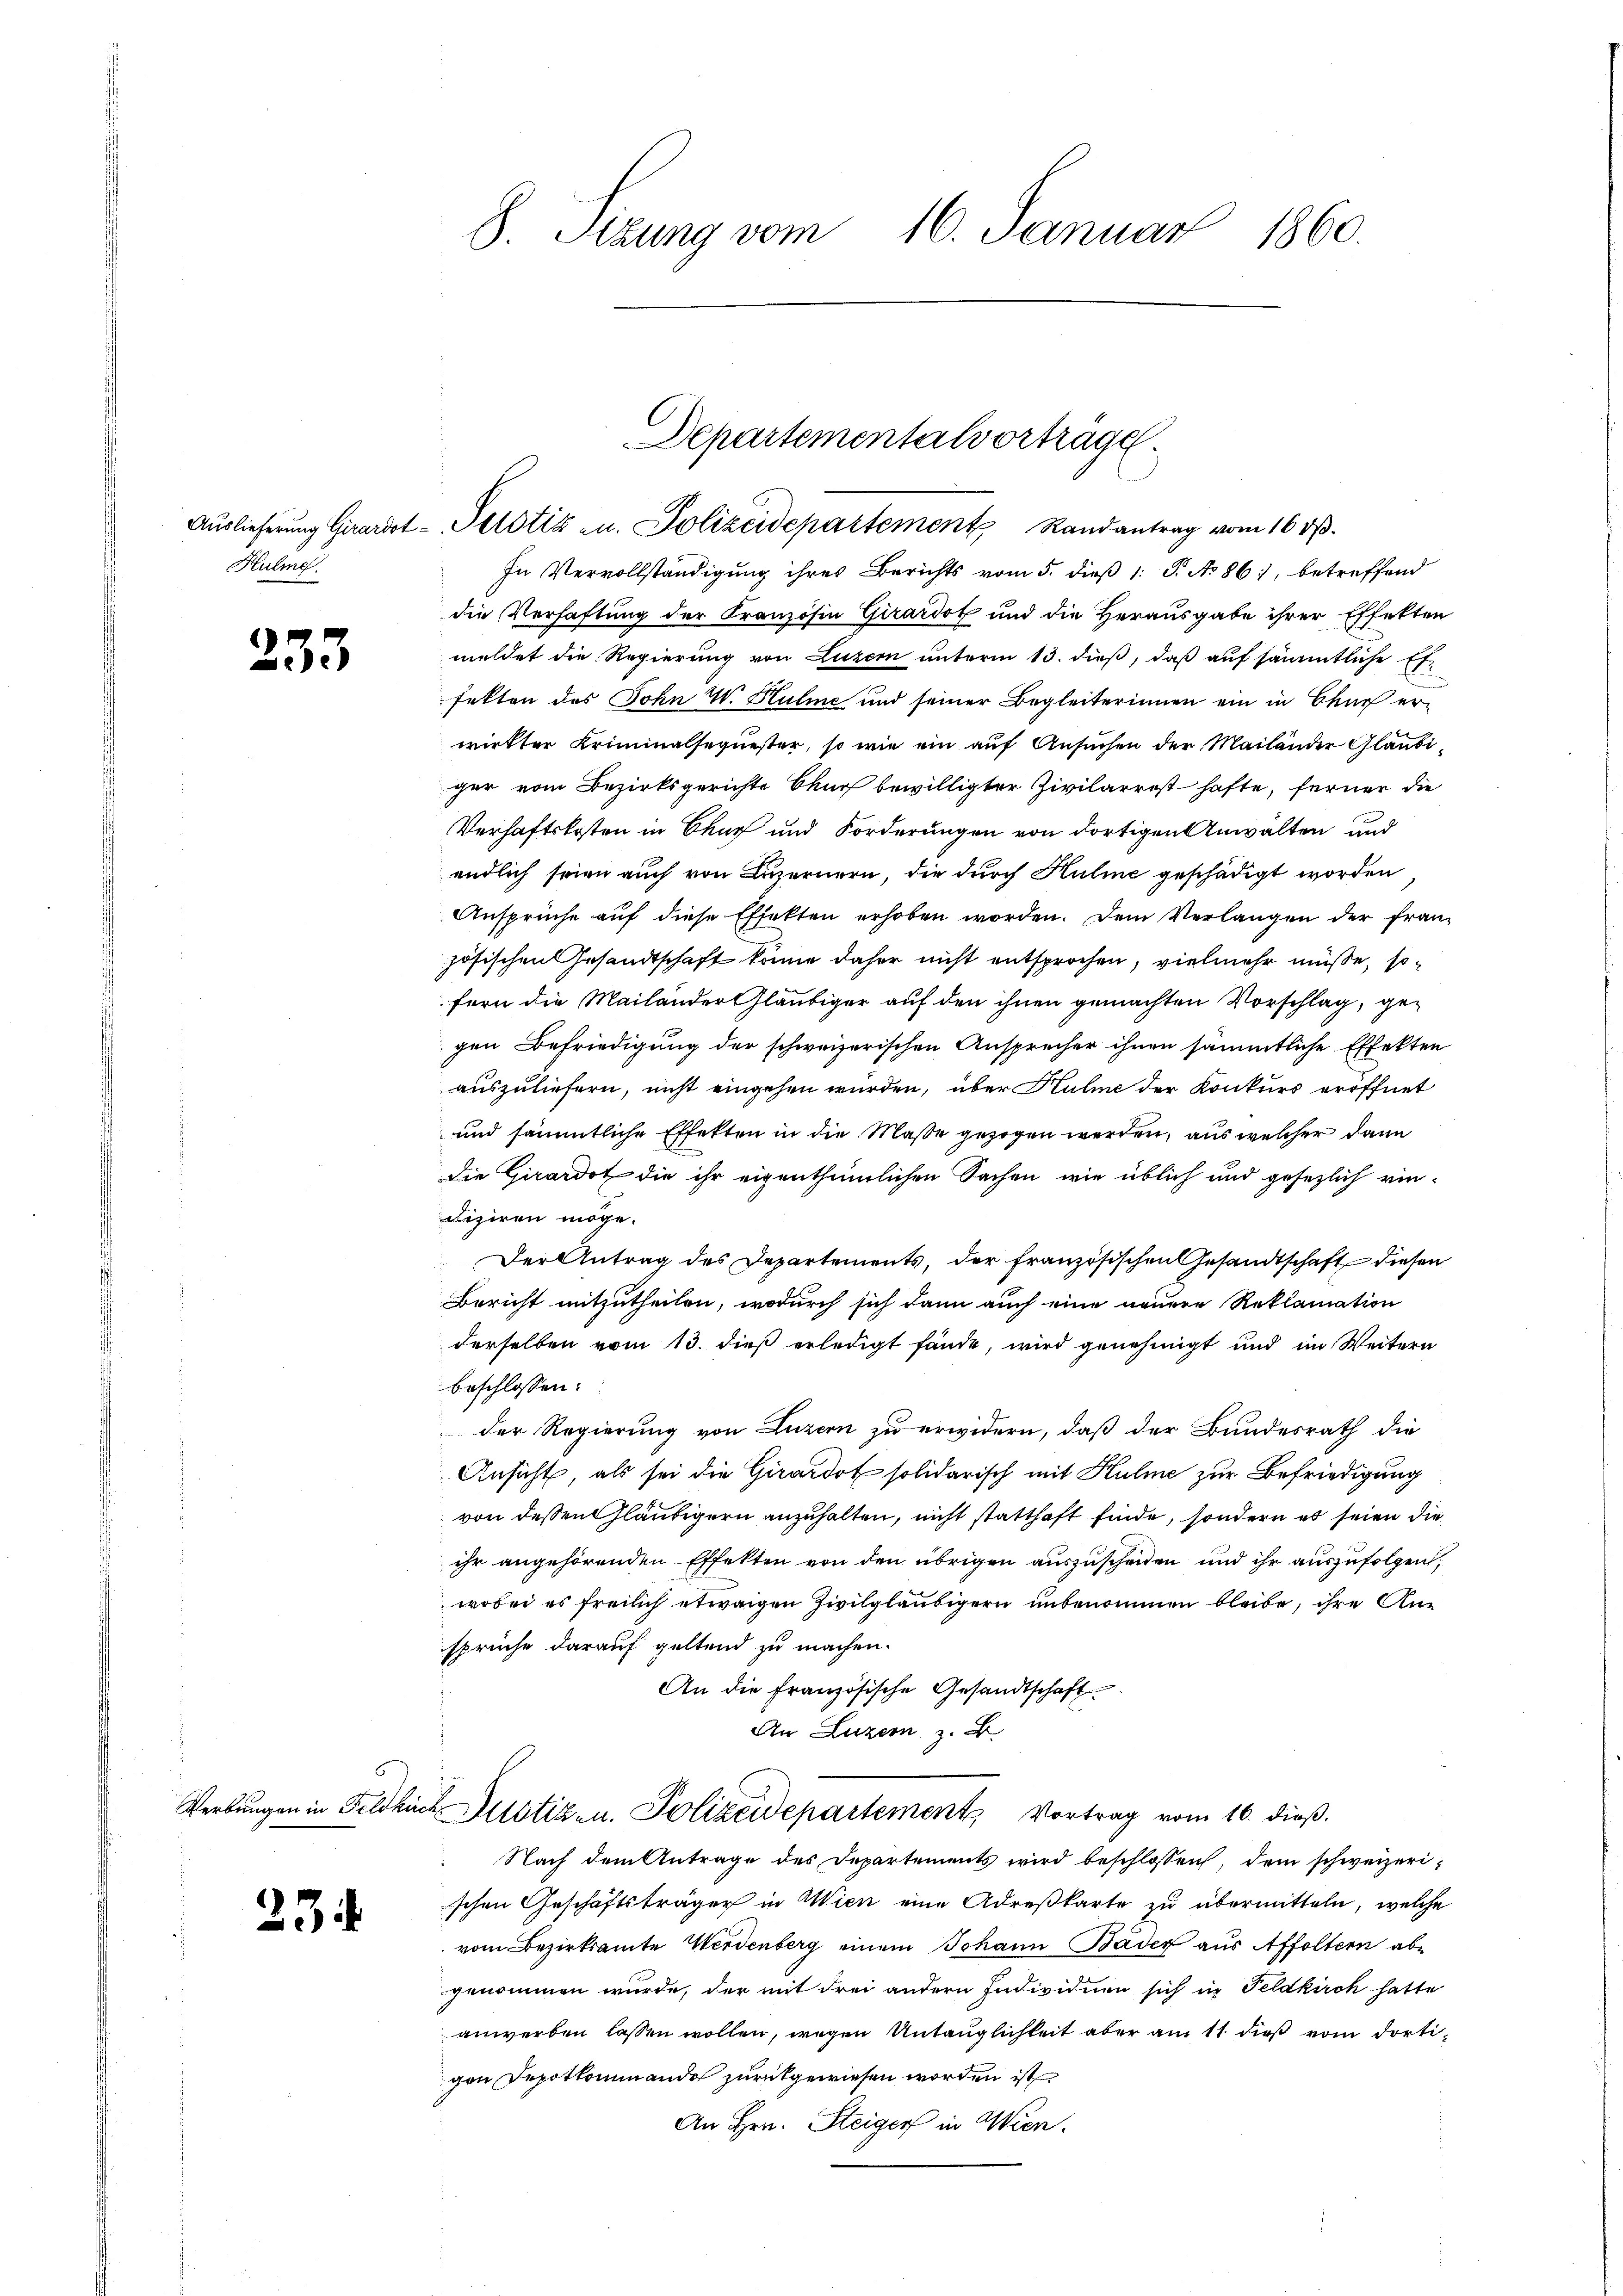
Hulig.

)

233.

23

8. Sizung vom 16. Januar 1860.

Departementalvortrage
Aŭslieferung Girardot-Petotiz zu. Polizeidepartement Randantrag vom 16. dβ.

In Vervollständigung ihres Berichts vom 5. dieß 1: P. No 861, betreffend
die Verhaftung der Kranzosen Girardot und die Herausgabe ihrer Effekten
meldet die Regierung von Luzern unterm 13. dieß, daß auf sämmtliche Ex-
fekten des Sohn W. Huline und seiner Begleiterinnen ein in Chur er-
wirkter Kriminalsequester, so wie ein auf Ansuchen der Mailänder Gläubiger vom Bezirksgerichte Churf bewilligter Zivilarrest hafte, ferner die
Verhaftskosten in Chur und Forderungen von dortigen Anwälten und
endlich seien auch von Luzernern, die durch Huline geschädigt worden
Ansprüche auf diese Effekten erhoben worden. Dem Verlangen der französischen Gesandtschaft könne daher nicht entsprochen, vielmehr müsse, sofern die Mailander Gläubiger auf den ihnen gemachten Vorschlag, gegen Befriedigung der schweizerischen Ansprecher ihnen sämmtliche Effekten
auszuliefern, nicht eingehen würden, über Hulme der Konkurs eröffnet
und sämmtliche Effekten in die Masse gezogen werden, aus welcher dann
die Girardot die ihr eigenthümlichen Sachen wie üblich und gesezlich ein¬
Fiziren möge.
Der Antrag des Departements, der französischen Gesandtschaft diesen
Bericht mitzutheilen, wodurch sich dann auch eine neuere Reklamation
derselben vom 13. dieß erledigt fände, wird genehmigt und im Weitern
beschlossen:
der Regierung von Luzern zu erwidern, daß der Bundesrath die
Ansicht, als sei die Girardot solidarisch mit Hulme zur Befriedigung
von dessen Gläubigern anzuhalten, nicht statthaft finde, sondern es seien die
ihr angehörenden Effekten von den übrigen auszuscheiden und ihr auszufolgen,
wobei es freilich etwaigen Zivilgläubigern unbenommen bleibe, ihre Ansprüche darauf geltend zu machen.
An die französische Gesandtschaft
An Luzern z. B.
Verbungen in Feldkirch Altstiz- u. Polizeidepartement Vortrag vom 16. dieß.
Nach dem Antrage des Departements wird beschlossen, dem schweizerischen Geschäftsträger in Wien eine Adreßkarte zu übermitteln, welche
vom Bezirksamte Werdenberg einem Johann Bäder aus Affoltern abe
genommen wurde, der mit drei andern Individuen sich in Feldkirch hatte
anwerben lassen wollen, wegen Untauglichkeit aber am 11 dieß vom dortigen Depotkommando zurückgewiesen worden ist
An Hrn. Steiger in Wien.